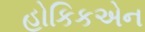
હોકિકએન